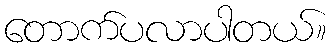
တောက်ပလာပါတယ်။